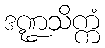
ဒဏ္ဍသိက္ကံ